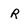
Character: r